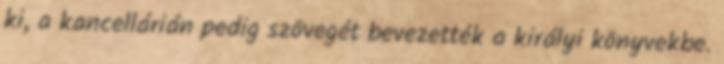
ki, a kancellárián pedig szövegét bevezették a királyi könyvekbe.